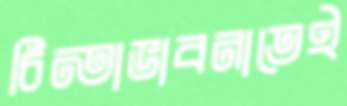
চিন্তাভাবনাতেই